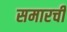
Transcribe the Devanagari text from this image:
समारची